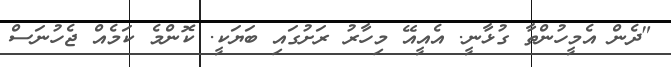
"ދެން އެމީހުންތާ ގުޅާނީ. އެއީއޭ މިހާރު ރަށުގައި ބަޔަކީ. ކޮންމެ ކަމެއް ޖެހުނަސް